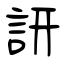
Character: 訮